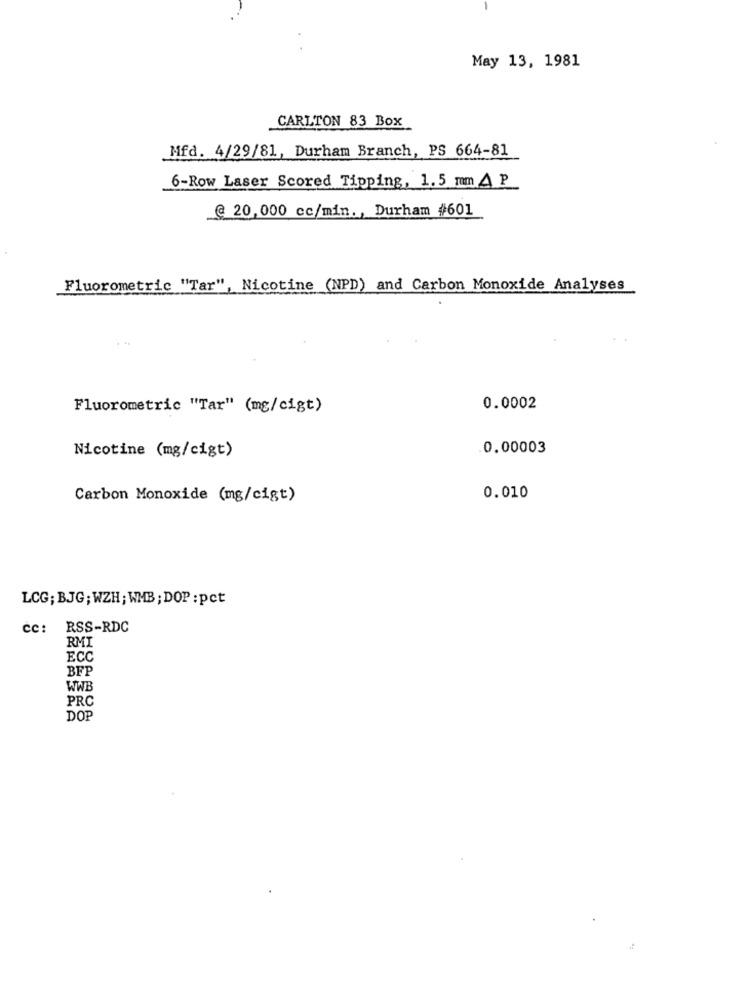
May 13, 1981
CARLTON 83 Box
Mfd. 4/29/81, Durham Branch, PS 664-81
6-Row Laser Scored Tipping, 1.5 mm & P
@ 20,000 cc/min ., Durham #601
Fluorometric "Tar", Nicotine (NPD) and Carbon Monoxide Analyses
Fluorometric "Tar" (mg/cigt)
0.0002
Nicotine (mg/cigt)
0.00003
Carbon Monoxide (mg/cigt)
0.010
LCG; BJG; WZH; WMB ; DOP : pct
cc: RSS-RDC
RMI
ECC
BFP
WWB
PRC
DOP